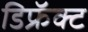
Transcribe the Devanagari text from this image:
डिफ्रॅक्ट